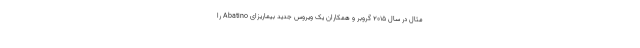
مثال در سال ۲۰۱۵ گروبر و همکاران یک ویروس جدید بیماریزای Abatino را